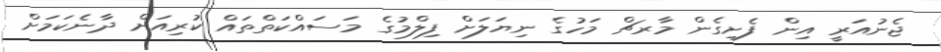
ޖެނުއަރީ އިން ފެށިގެން މާރޗް މަހުގެ ނިޔަލަށް ފިލްމުގެ މަސައްކަތްތައް ކުރިއަށް ދާނެކަމަށް